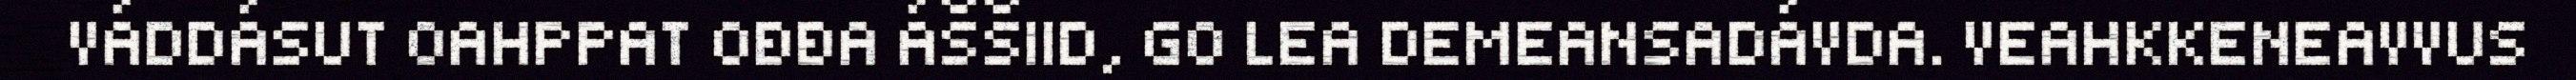
VÁDDÁSUT OAHPPAT OĐĐA ÁŠŠIID, GO LEA DEMEANSADÁVDA. VEAHKKENEAVVUS